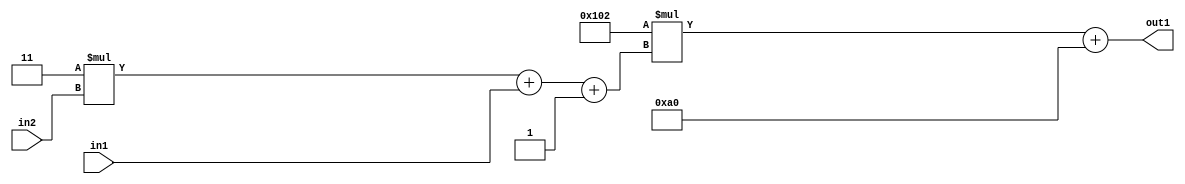
`timescale 1ps / 1ps
/*****************************************************************************
    Verilog RTL Description
    
    
    Created by: Stratus DpOpt 2019.1.01 
*******************************************************************************/

module DC_Filter_Add2i160Mul2i258Add3i1u1Mul2i3u2_1 (
	in2,
	in1,
	out1
	); /* architecture "behavioural" */ 
input [1:0] in2;
input  in1;
output [11:0] out1;
wire [11:0] asc001;
wire [3:0] asc002;

wire [3:0] asc002_tmp_0;
wire [3:0] asc002_tmp_1;
assign asc002_tmp_1 = 
	+(4'B0011 * in2);
assign asc002_tmp_0 = asc002_tmp_1
	+(in1);
assign asc002 = asc002_tmp_0
	+(4'B0001);

wire [11:0] asc001_tmp_2;
assign asc001_tmp_2 = 
	+(12'B000100000010 * asc002);
assign asc001 = asc001_tmp_2
	+(12'B000010100000);

assign out1 = asc001;
endmodule

/* CADENCE  vrTwSAA= : u9/ySgnWtBlWxVPRXgAZ4Og= ** DO NOT EDIT THIS LINE ******/